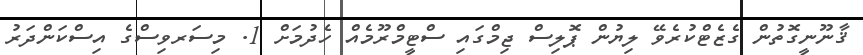
ޤާނޫނީގޮތުން ގެޒެޓްކުރެވޭ ލިޔުން ޕޮލިސް ޖިމްގައި ސްޓީމްރޫމެއް ހެދުމަށް 1. މިސަރވިސްގެ އިސްކަންދަރު